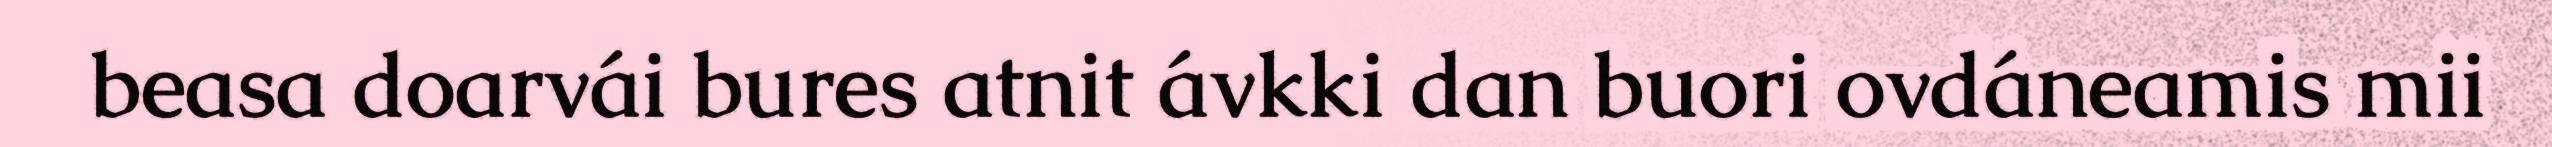
beasa doarvái bures atnit ávkki dan buori ovdáneamis mii